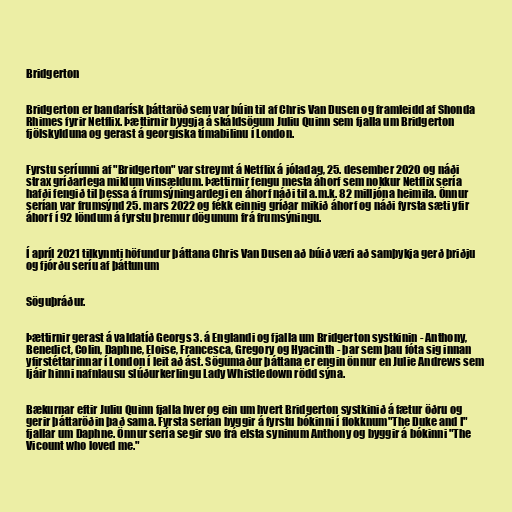
Bridgerton

Bridgerton er bandarísk þáttaröð sem var búin til af Chris Van Dusen og framleidd af Shonda
Rhimes fyrir Netflix. Þættirnir byggja á skáldsögum Juliu Quinn sem fjalla um Bridgerton
fjölskylduna og gerast á georgíska tímabilinu í London.

Fyrstu seríunni af "Bridgerton" var streymt á Netflix á jóladag, 25. desember 2020 og náði
strax gríðarlega miklum vinsældum. Þættirnir fengu mesta áhorf sem nokkur Netflix sería
hafði fengið til þessa á frumsýningardegi en áhorf náði til a.m.k. 82 milljóna heimila. Önnur
serían var frumsýnd 25. mars 2022 og fékk einnig gríðar mikið áhorf og náði fyrsta sæti yfir
áhorf í 92 löndum á fyrstu þremur dögunum frá frumsýningu.

Í apríl 2021 tilkynnti höfundur þáttana Chris Van Dusen að búið væri að samþykja gerð þriðju
og fjórðu seríu af þáttunum

Söguþráður.

Þættirnir gerast á valdatíð Georgs 3. á Englandi og fjalla um Bridgerton systkinin - Anthony,
Benedict, Colin, Daphne, Eloise, Francesca, Gregory og Hyacinth - þar sem þau fóta sig innan
yfirstéttarinnar í London í leit að ást. Sögumaður þáttana er engin önnur en Julie Andrews sem
ljáir hinni nafnlausu slúðurkerlingu Lady Whistledown rödd sýna.

Bækurnar eftir Juliu Quinn fjalla hver og ein um hvert Bridgerton systkinið á fætur öðru og
gerir þáttaröðin það sama. Fyrsta serían byggir á fyrstu bókinni í flokknum"The Duke and I"
fjallar um Daphne. Önnur sería segir svo frá elsta syninum Anthony og byggir á bókinni "The
Vicount who loved me."